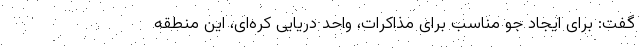
گفت: برای ایجاد جو مناسب برای مذاکرات، واحد دریایی کره‌ای، این منطقه